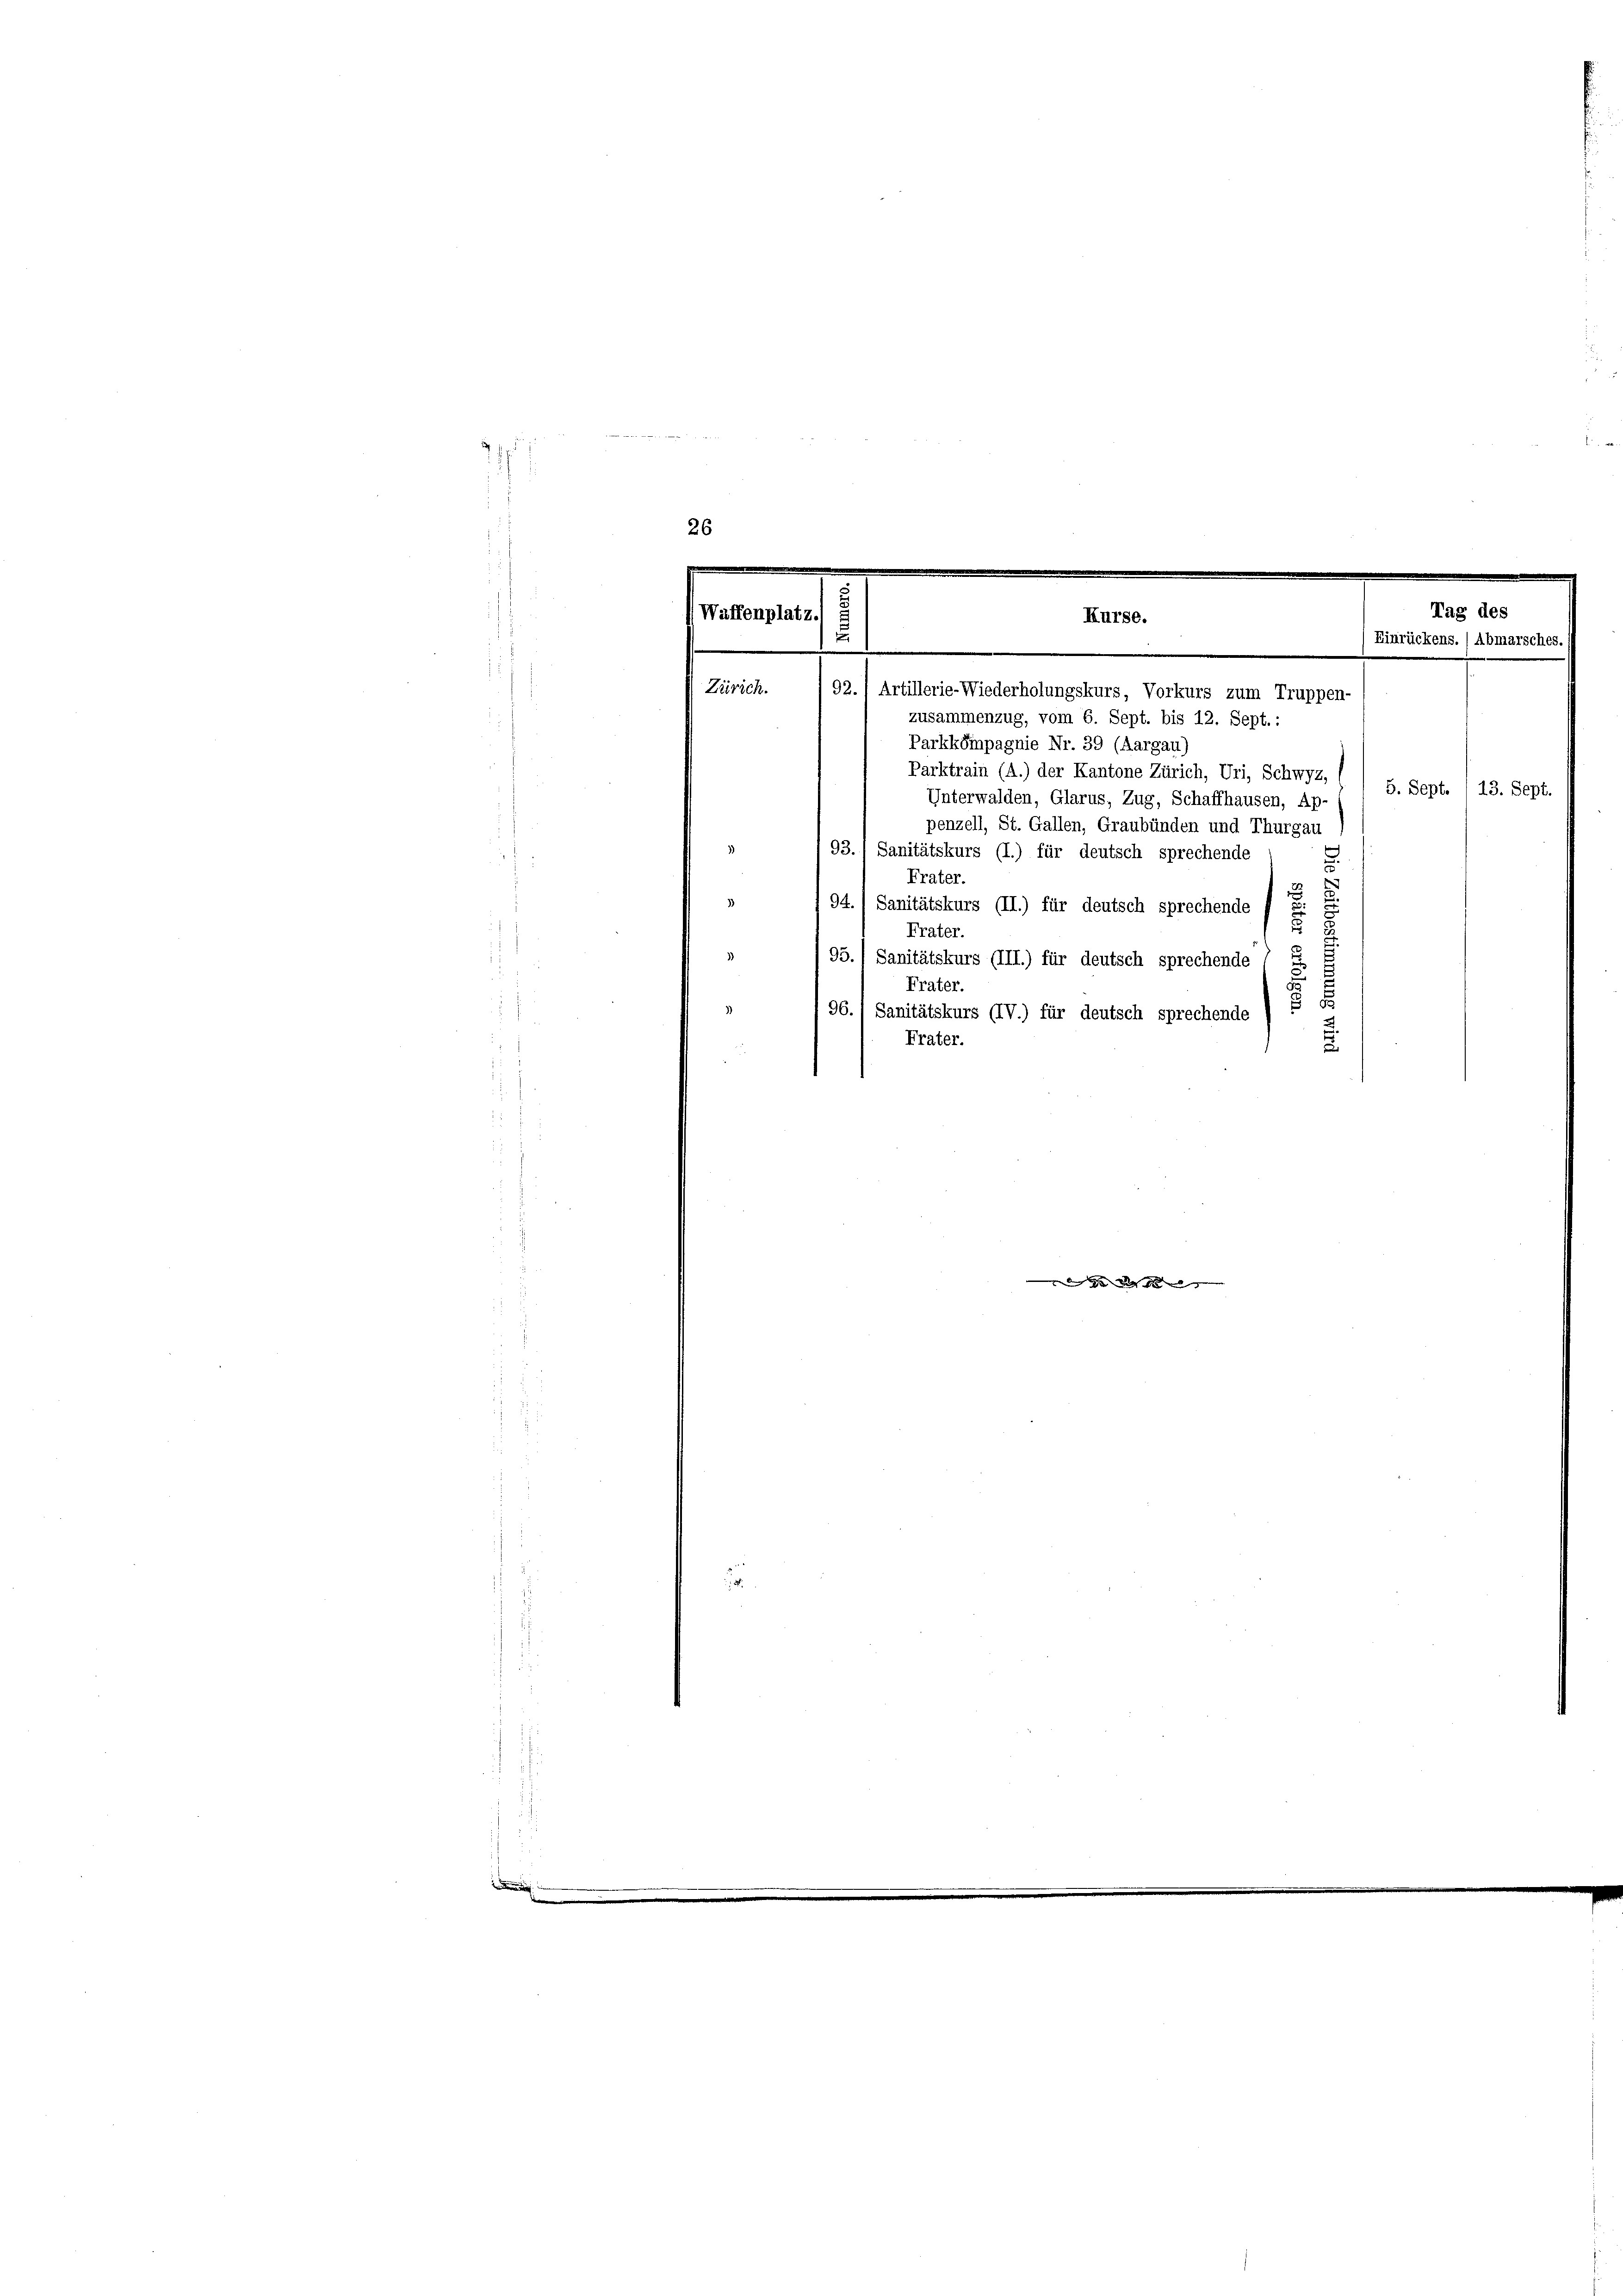
.

i

26

.
Tag des
Waffenplatz. 5
Kurse.
E
Einrückens.) Abmarsches
e
Zürich.
92.) Artillerie-Wiederholungskurs, Vorkurs zum Truppen-

zusammenzug, vom 6. Sept. bis 12. Sept..
Parkkompagnie Nr. 39 (Aargau)
Parktrain (A.) der Kantone Zürich, Uri, Schwyz,
Unterwalden, Glarus, Zug, Schaffhausen, Ap-
penzell, St. Gallen, Graubünden und Thurgau
93.) Sanitätskurs (I.) für deutsch sprechende
Frater.
3
194. 1 Sanitätskurs (II.) für deutsch sprechende f
b
s
Frater.
95.) Sanitätskurs (III.) für deutsch sprechende
5
Frater.
.
96. Sanitätskurs (IV.) für deutsch sprechende
7
Frater.
.

d

5. Sept. 113. Sept.